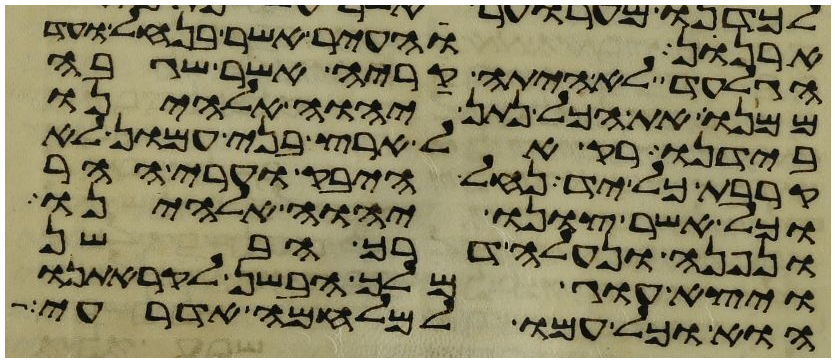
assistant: ארנן והעיר אשר בנחל ועד
הגלעד לא היתה קריה אשר שגבה
ממנו את הכל נתן יהוה אלהינו
בידנו רק אל ארץ בני עמון לא
קרבת כל יד נחל היבק וערי ההר
וכל אשר צונו יהוה אלהינו
ונפנה ונעלה דרך הבשן
ויצא עוג מלך הבשן לקראתנו
הוא וכל עמו למלחמה אדרעי